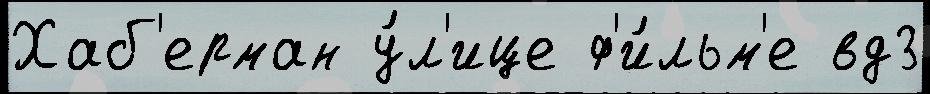
Хаб'ерман у́л'ице ф'и́льм'е вд3